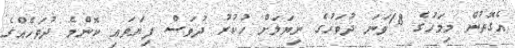
އެގޮތުން މިމަހުގެ 18ވަނަ ދުވަހުގެ ނިޔަލަށް ހުކުރު ދުވަސް ފިޔަވައި ކޮންމެ ދުވަހެއްގެ